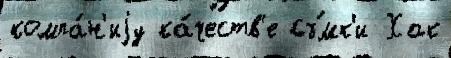
компа́н'иjу ка́честв'е съ́мк'и Хак